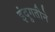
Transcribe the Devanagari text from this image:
इंदुगतीने